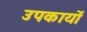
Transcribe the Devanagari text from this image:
उपकार्यों